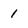
Character: 1